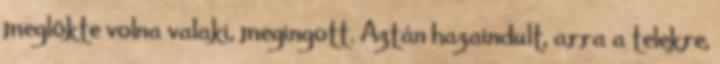
meglökte volna valaki, megingott. Aztán hazaindult, arra a telekre,